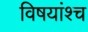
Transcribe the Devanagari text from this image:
विषयांश्च